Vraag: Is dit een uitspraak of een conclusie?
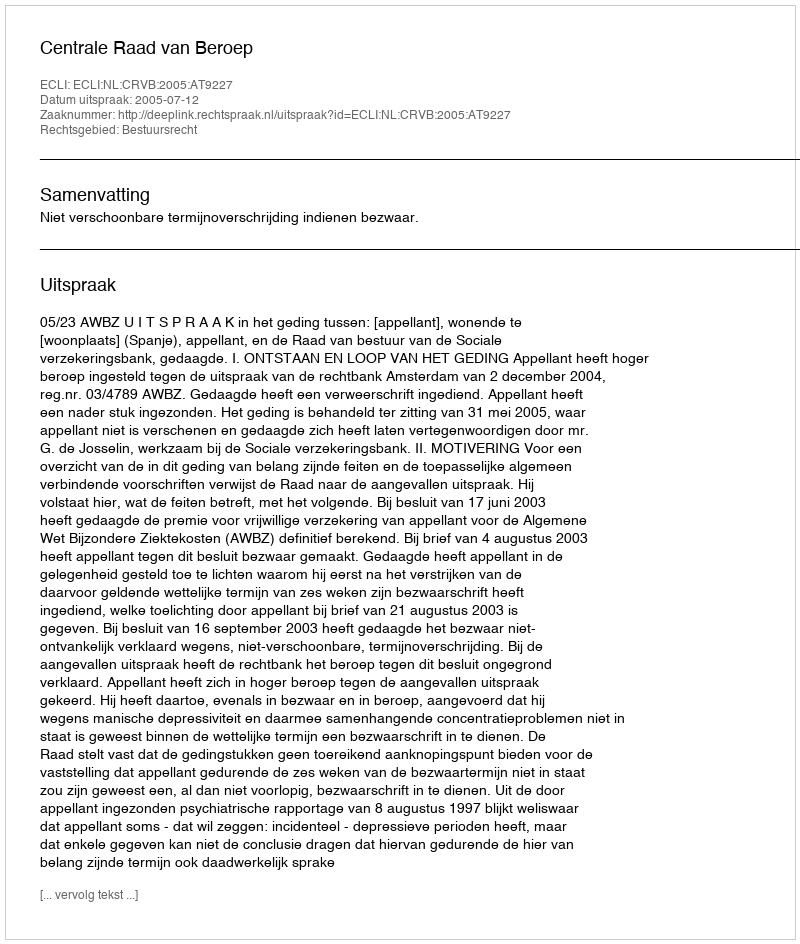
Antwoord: Uitspraak